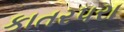
કાતર૫રા